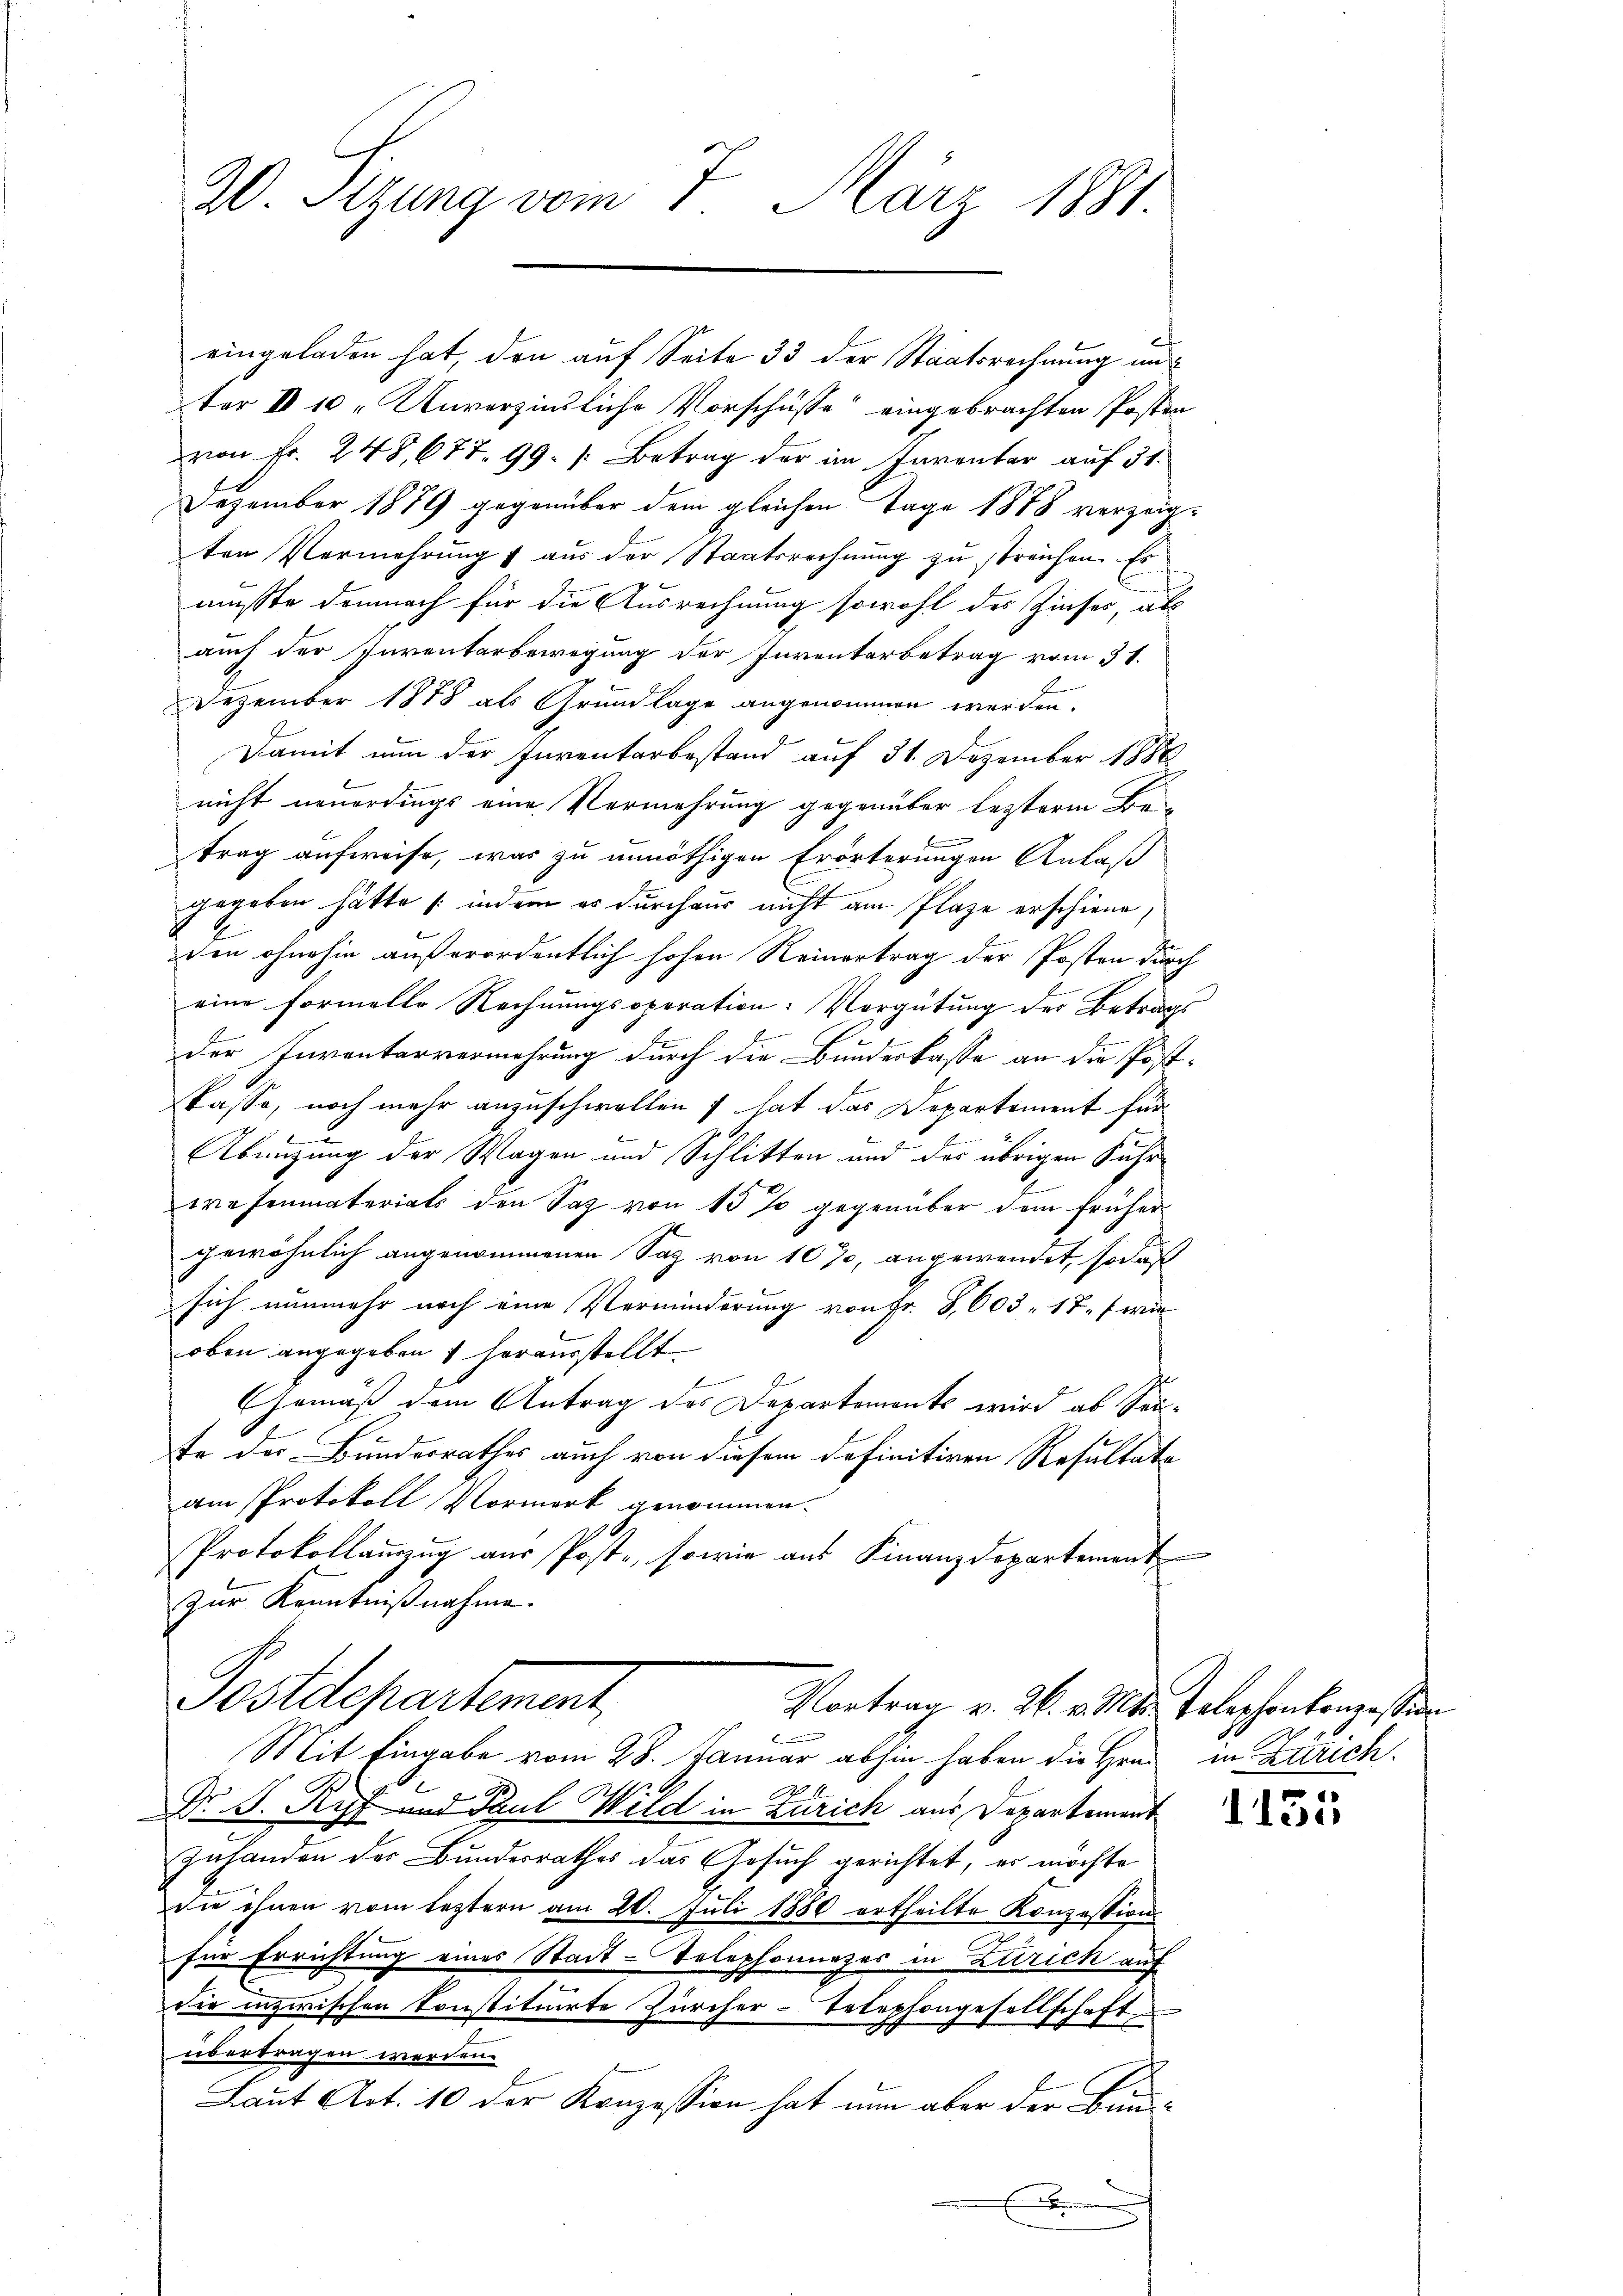
20. Sitzung vom 7. März 1881.

eingeladen hat, den auf Seite 33 der Staatsrechnung und
ter IV 10. Unverzinsliche Vorschüsse eingebrachten Posten
von Fr. 248, 677. 99. Betrag der im Parentar auf 31.
Dezember 1879 gegenüber dem gleichen Tage 1888 verzeigten Vermehrung 1 aus der Staatsrechnung zu streichen. Es
mußte demnach für die Ausrechnung sowohl des Zinses, als
auch der Inventarbewegung der Inventarbetrag vom 31.
Dezember 1878 als Grundlage angenommen werden.
Damit nun der Inventarbestand auf 31. Dezember 1886
nicht neuerdings eine Vermehrung gegenüber lezterm Be
trag aufweise, was zu unnöthigen Erörterungen Anlaß
gegeben hätte (indem es durchaus nicht am Plaze erschiene,
ee in ohnehin außerordentlich hohen Reinertrag der Posten durch
eine formelle Rechnungsoperation: Vorgütung der Betrags
der Inventarvermehrung durch die Bundeskasse an die Postkasse, noch mehr anzuschwollen hat das Departement für
Abeizung der Wagen und Schlitten und des übrigen Fahrerasenmateriats den Saz von 15 % gegenüber dem früher
gewöhnlich angenommenen Sag von 107, angewendet, so daß
sich nunmehr noch eine Verminderung von Fr. 8,603. 17, wie
oben angegeben herausstellt.
Gemäß dem Antrag des Departements wird ab Seife der Bundesrathes auch von diesem definitiven Resultate
am Protokoll Vormerk genommen.
Protokollauszug aus Poste, sowie aus Finanzdepartement
zur Kenntnißnahme.

Postdepartement,
Vortrag v. 26. v. Mts. Telephonkonzession

Mit Eingabe vom 28. Januar abhin haben die Hrn.
.
Dr. S. Ryf und Paul Wild in Zürich aus Departement
Zuhanden der Bundesrathes das Gesuch gerichtet, er möchte
die ihnen vom leztern am 20. Juli 1880 ertheilte Konzession
für Errichtung eines Stadt-Telephoniezes in Zürich auf
die inzwischen konstituirte Zürcher-Telephongesellschaft
übertragen werden.
Laut Art. 10 der Konzession hat nun aber der Bun-
.

in Zürich.

113